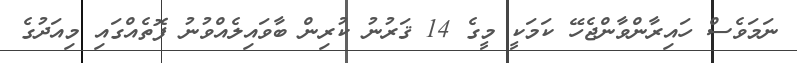
ނަމަވެސް ހައިރާންވާންޖެހޭ ކަމަކީ މީގެ 14 ޤަރުނު ކުރިން ބާވައިލެއްވުނު ފޮތެއްގައި މިއަދުގެ